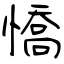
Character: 憍